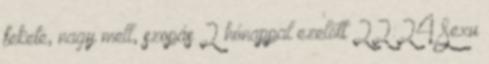
fekete, nagy mell, szopás 2 hónappal ezelőtt 22:24 Sexu